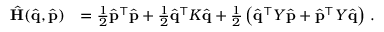
\begin{array} { r l } { \hat { \bf { H } } ( \hat { \bf { q } } , \hat { \bf { p } } ) } & { = \frac { 1 } { 2 } \hat { \bf { p } } ^ { \intercal } \hat { \bf { p } } + \frac { 1 } { 2 } \hat { \bf { q } } ^ { \intercal } \boldsymbol { K } \hat { \bf { q } } + \frac { 1 } { 2 } \left( \hat { \bf { q } } ^ { \intercal } \boldsymbol { Y } \hat { \bf { p } } + \hat { \bf { p } } ^ { \intercal } \boldsymbol { Y } \hat { \bf { q } } \right) \, . } \end{array}